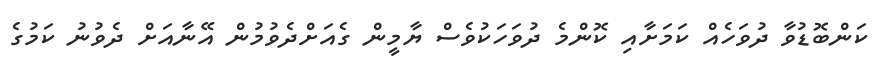
ކަންބޮޑުވާ ދުވަހެއް ކަމަށާއި ކޮންމެ ދުވަހަކުވެސް ޔާމީން ގެއަށްދެވުމުން އޭނާއަށް ދެވުނު ކަމުގެ